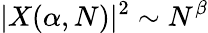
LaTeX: |X(\alpha,N)|^{2}\sim N^{\beta}